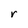
Character: r